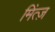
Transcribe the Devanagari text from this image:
मिंत्ज़